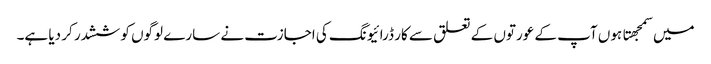
میں سمجهتا ہوں آپ کے عورتوں کے تعلق سے کار ڈرائیونگ کی اجازت نے سارے لوگوں کو ششدر کر دیا ہے۔